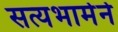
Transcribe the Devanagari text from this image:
सत्यभामेने